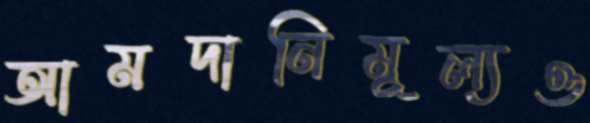
আমদানিমূল্যও